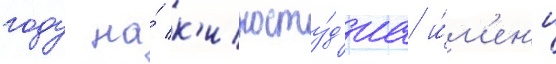
году на́ к'иносту́д'иа и́м'ен'и